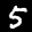
Label: 5